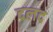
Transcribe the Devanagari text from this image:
दलद